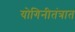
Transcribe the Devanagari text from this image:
योगिनीतंत्रात